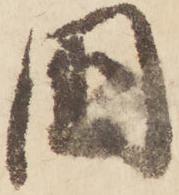
國